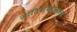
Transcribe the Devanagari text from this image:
जातिबांधवांसारखे